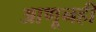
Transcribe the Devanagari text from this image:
आणूनही